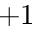
+ 1